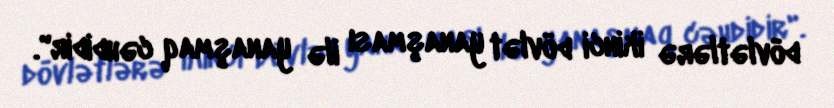
dövlətlərə ikinci dövlət yanaşması ilə yanaşmaq cəhdidir".